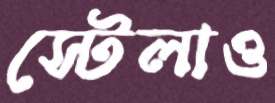
স্টেলাও